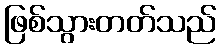
ဖြစ်သွားတတ်သည်